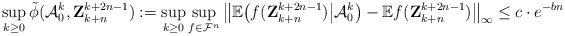
\begin{align*} \sup_{k \geq 0} \tilde \phi (\mathcal{A}_0^k, \mathbf{Z}_{k+n}^{k+2n-1}):= \sup_{k\geq 0} \sup_{f \in \mathcal{F}^n} \big\| \mathbb{E} \bigl( f(\mathbf{Z}_{k+n}^{k+2n-1}) \big| \mathcal A_0^k \big) - \mathbb{E} f(\mathbf{Z}_{k+n}^{k+2n-1}) \big\|_{\infty}\leq c \cdot e^{- b n}\end{align*}